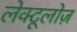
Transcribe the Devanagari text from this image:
लेक्टूलोज़